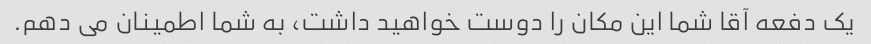
یک دفعه آقا شما این مکان را دوست خواهید داشت، به شما اطمینان می دهم.